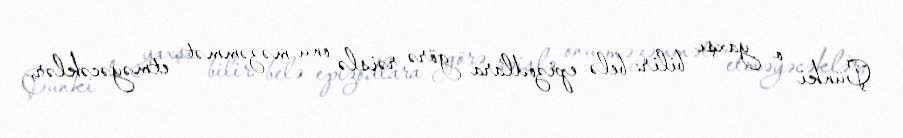
Çünki o yaxşı bilir: belə epizodlara görə rəislə onu məzəmmət etməyəcəklər,